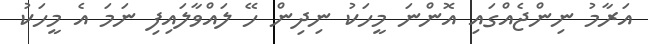
އަރާމު ނިންޖެއްގައި އޮންނަ މީހަކު ނިދިން ހޭ ލައްވާލައިފި ނަމަ އެ މީހަކު